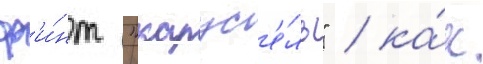
ф'и́нт "карус'е́ль" / ка́к